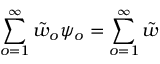
\sum _ { o = 1 } ^ { \infty } { \tilde { w } } _ { o } \psi _ { o } = \sum _ { o = 1 } ^ { \infty } { \tilde { w } }